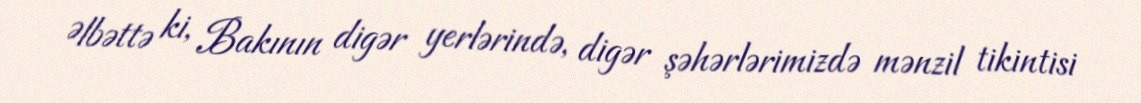
Əlbəttə ki, Bakının digər yerlərində, digər şəhərlərimizdə mənzil tikintisi